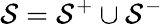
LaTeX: \mathcal{S}=\mathcal{S}^{+}\cup\mathcal{S}^{-}